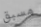
مسبق